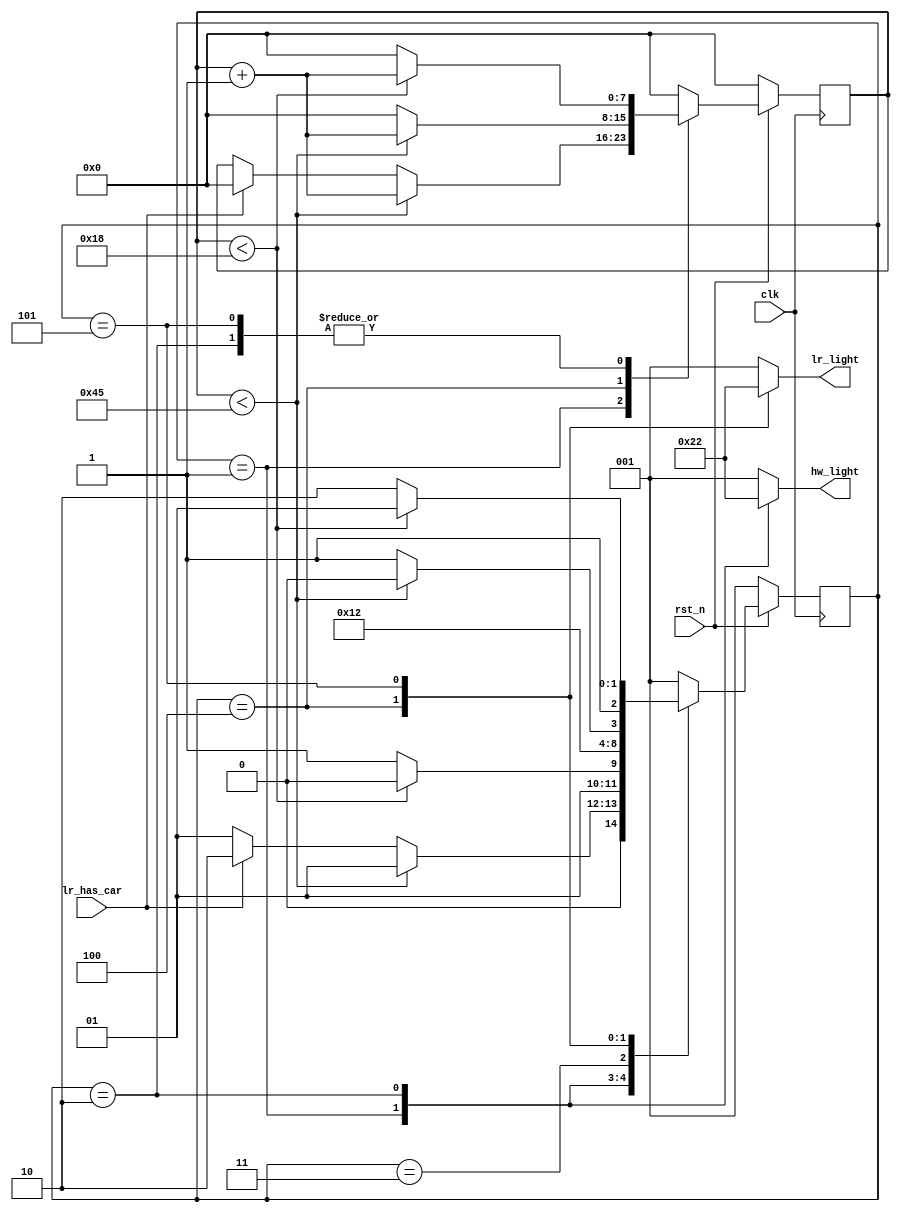
`timescale 1ns/1ps

module Traffic_Light_Controller (clk, rst_n, lr_has_car, hw_light, lr_light);
input clk, rst_n;
input lr_has_car;
output [2:0] hw_light;
output [2:0] lr_light;

parameter A = 3'd1;
parameter B = 3'd2;
parameter C = 3'd3;
parameter D = 3'd4;
parameter E = 3'd5;
parameter F = 3'd6;
parameter Green = 3'b100;
parameter Yellow = 3'b010;
parameter Red = 3'b001;

reg [2:0] state, next_state; //A, B, C, D, E, F
reg [7:0] counter, next_counter; 
reg [2:0] hw_light, lr_light;

always@(posedge clk)begin
    if( rst_n == 0) begin
        state <= A;
        counter <= 0; 
    end 
    else begin
        state <= next_state;
        counter <= next_counter;
    end 
end 

always@(*)begin
    case (state)
        A: begin
            if( counter < 8'd69 ) begin
                next_state = A;
                next_counter = counter + 1;    
            end
            else begin
                if ( lr_has_car == 1 ) begin
                    next_state = B;
                    next_counter = 0;
                end 
                else begin
                    next_state = A; //keep
                    next_counter = counter;
                end
            end 
            hw_light = Green; //green
            lr_light = Red; //red
        end
        
        B: begin
            if( counter < 8'd24 ) begin
                next_state = B;
                next_counter = counter + 1;
            end 
            else begin
                next_state = C;
                next_counter = 0;  
            end 
            hw_light = Yellow; //yellow
            lr_light = Red; //red
        end 
        
        C: begin //3
            next_state = D;
            next_counter = 0;
            hw_light = Red; //red
            lr_light = Red; //red
        end
        
        D: begin
            if( counter < 8'd69 ) begin
                next_state = D;
                next_counter = counter + 1;
            end
            else begin
                next_state = E;
                next_counter = 0;
            end 
            hw_light = Red; //red
            lr_light = Green; //green
        end
        
        E: begin //5
            if( counter < 8'd24 ) begin
                next_state = E;
                next_counter = counter + 1;
            end
            else begin
                next_state = F;
                next_counter = 0;
            end 
            hw_light = Red; //red
            lr_light = Yellow; //yellow
        end
        
        F: begin
            next_state = A;
            next_counter = 0;
            hw_light = Red; //red
            lr_light = Red; //red       
        end 
        
        default: begin
            next_state = A;
            next_counter = 0;
            hw_light = Red; //red
            lr_light = Red; //red    
        end
        
    endcase
end 

endmodule